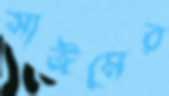
সাঈমের